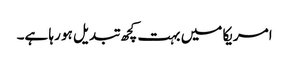
امریکا میں بہت کچھ تبدیل ہو رہا ہے۔